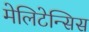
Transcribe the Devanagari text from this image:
मेलिटेन्सिस